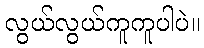
လွယ်လွယ်ကူကူပါပဲ။